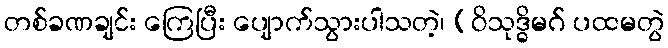
တစ်ခဏချင်း ကြေပြီး ပျောက်သွားပါသတဲ့၊ (ဝိသုဒ္ဓိမဂ် ပထမတွဲ